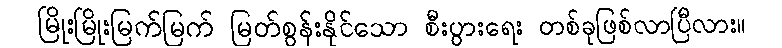
မြိုးမြိုးမြက်မြက် မြတ်စွန်းနိုင်သော စီးပွားရေး တစ်ခုဖြစ်လာပြီလား။